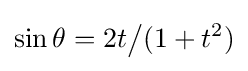
\sin \theta =2t{\big /}(1+t^{2})